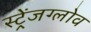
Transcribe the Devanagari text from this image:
स्ट्रेंजग्लोव